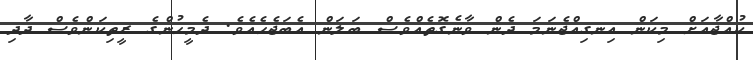
ކުއްޖާއަށް މިކަން އިނގިއްޖެނަމަ ދެން ވާނެގޮތެއްވެސް ބަލަން އެބަޖެހެއެވެ. ދެމީހުންގެ ރީތިކަންވެސް ދާދި